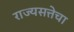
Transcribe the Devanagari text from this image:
राज्यसत्तेचा